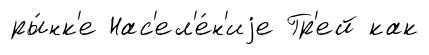
ры́нк'е Нас'ел'е́н'иjе Гр'ей как